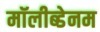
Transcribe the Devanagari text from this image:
मॉलीब्डेनम